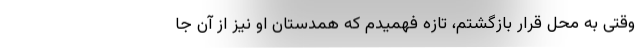
وقتی به محل قرار بازگشتم، تازه فهمیدم که همدستان او نیز از آن جا